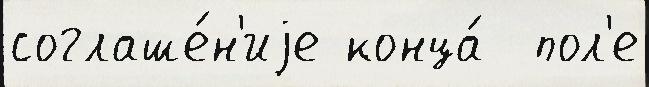
соглаше́н'иjе конца́  пол'е